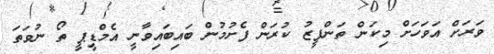
ވަރަށް އަވަހަށް މިކަން ތަންފީޒު ކުރަން ފެށުމުން ބައިބައިވާނީ އެމްޑީޕީ ތޯ ނުވަތަ